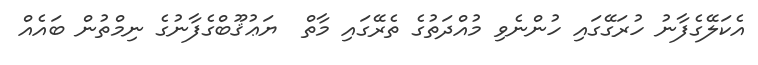
އެކަލޭގެފާނު ހުރަގޭގައި ހުންނެވި މުއްދަތުގެ ތެރޭގައި މާތް  ޔަޢުޤޫބްގެފާނުގެ ނިމްތުން ބައެއް